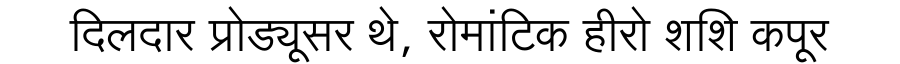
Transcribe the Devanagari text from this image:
दिलदार प्रोड्यूसर थे, रोमांटिक हीरो शशि कपूर